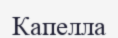
Капелла